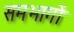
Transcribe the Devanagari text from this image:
समभागों